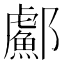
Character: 𬪣